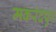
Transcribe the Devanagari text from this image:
मकरंदपुर